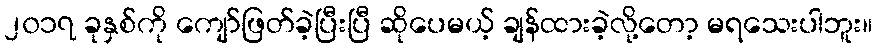
၂၀၁၇ ခုနှစ်ကို ကျော်ဖြတ်ခဲ့ပြီးပြီ ဆိုပေမယ့် ချန်ထားခဲ့လို့တော့ မရသေးပါဘူး။